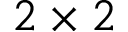
{ 2 \times 2 }